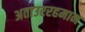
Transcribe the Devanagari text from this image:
अताउररहमान